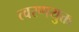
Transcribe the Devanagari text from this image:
त्वरणयुक्त